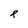
Character: R